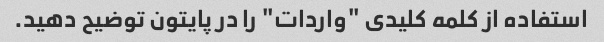
استفاده از کلمه کلیدی "واردات" را در پایتون توضیح دهید.